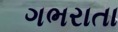
ગભરાતા